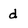
Character: d